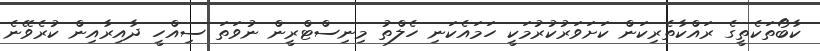
ކާބޯތަކެތީގެ ރައްކާތެރިކަން ކަށަވަރުކުރުމަކީ ހަމައެކަނި ހެލްތު މިނިސްޓްރީން ނުވަތަ ސިއްހީ ދާއިރާއިން ކުރެވޭނެ